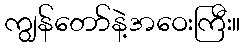
ကျွန်တော်နဲ့အဝေးကြီး။